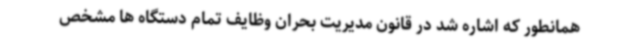
همانطور که اشاره شد در قانون مدیریت بحران وظایف تمام دستگاه ها مشخص